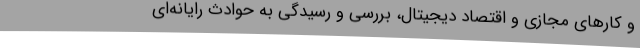
و کارهای مجازی و اقتصاد دیجیتال، بررسی و رسیدگی به حوادث رایانه‌ای